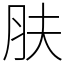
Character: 肤